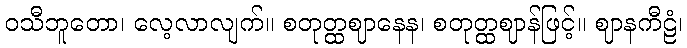
ဝသီဘူတော၊ လေ့လာလျက်။ စတုတ္ထဈာနေန၊ စတုတ္ထဈာန်ဖြင့်။ ဈာနကီဠံ၊